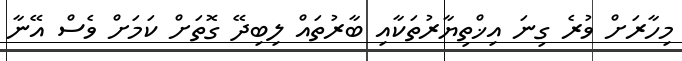
މިހާރަށް ވުރެ ގިނަ އިޚްތިޔާރުތަކާއި ބާރުތައް ލިބިދޭ ގޮތަށް ކަމަށް ވެސް އޭނާ